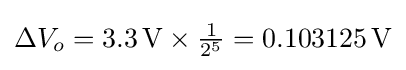
\Delta V_{o}=3.3\,{\text{V}}\times {\tfrac {1}{2^{5}}}=0.103125\,{\text{V}}